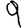
Digit: 9